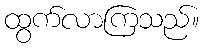
ထွက်လာကြသည်။